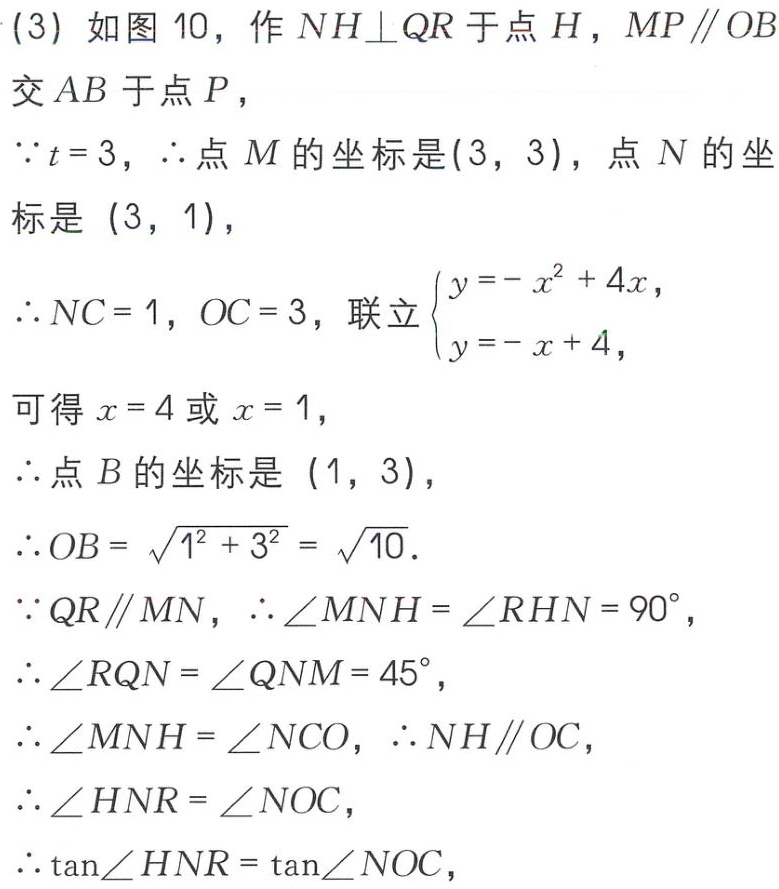
(3) 如图 10，作 \(NH\perp QR\) 于点 \(H\)，\(MP\parallel OB\) 交 \(AB\) 于点 \(P\)，
\(\because t = 3\)，\(\therefore\) 点 \(M\) 的坐标是 \((3,3)\)，点 \(N\) 的坐标是 \((3,1)\)，
\(\therefore NC = 1\)，\(OC = 3\)，联立\(\begin{cases}y=-x^{2}+4x,\\y=-x + 4,\end{cases}\)
可得 \(x = 4\) 或 \(x = 1\)，
\(\therefore\) 点 \(B\) 的坐标是 \((1,3)\)，
\(\therefore OB=\sqrt{1^{2}+3^{2}}=\sqrt{10}\)．
\(\because QR\parallel MN\)，\(\therefore\angle MNH=\angle RHN = 90^{\circ}\)，
\(\therefore\angle RQN=\angle QNM = 45^{\circ}\)，
\(\therefore\angle MNH=\angle NCO\)，\(\therefore NH\parallel OC\)，
\(\therefore\angle HNR=\angle NOC\)，
\(\therefore\tan\angle HNR=\tan\angle NOC\)，